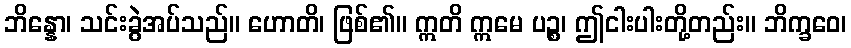
ဘိန္နော၊ သင်းခွဲအပ်သည်။ ဟောတိ၊ ဖြစ်၏။ ဣတိ ဣမေ ပဉ္စ၊ ဤငါးပါးတို့တည်း။ ဘိက္ခဝေ၊